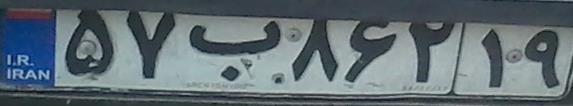
۵۷ب۸۶۲۱۹